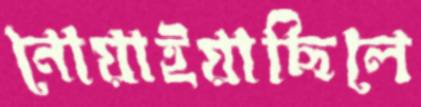
নোয়াইয়াছিলে